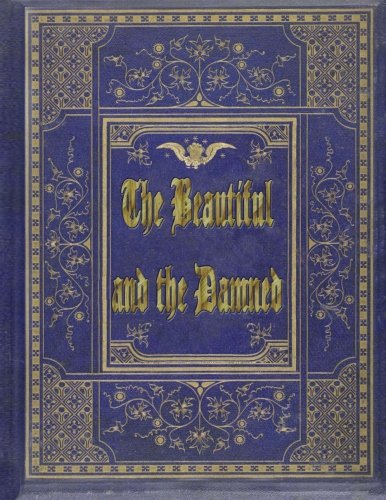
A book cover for The Beautiful and the Damned; Francis Scott Fitzgerald; Romance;